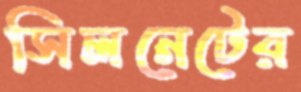
সিলনেটের